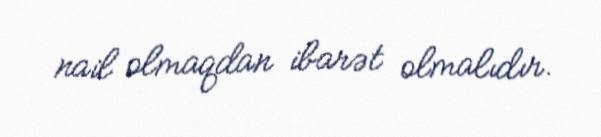
nail olmaqdan ibarət olmalıdır.